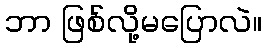
ဘာ ဖြစ်လို့မပြောလဲ။